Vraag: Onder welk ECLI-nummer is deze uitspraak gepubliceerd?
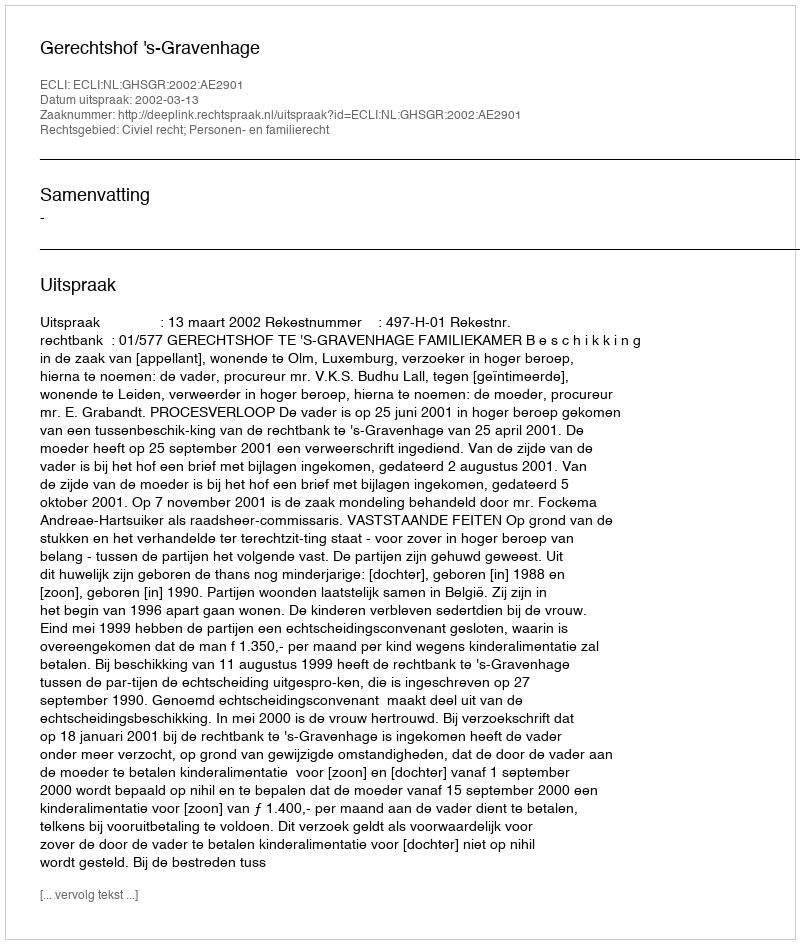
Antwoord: ECLI:NL:GHSGR:2002:AE2901